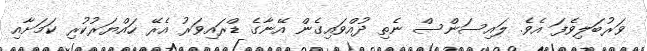
ވަރުބަލިވެފަ އެވެ. ލައިސަންސް ނެތި ދުއްވައިގެން އޭނާގެ ޑްރައިވަރު އެރޭ ހައްޔަރުކުރި ކަމަށާއި